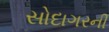
સોદાગરની